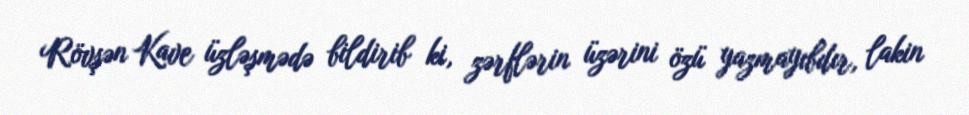
Rövşən Kave üzləşmədə bildirib ki, zərflərin üzərini özü yazmayıbdır, lakin